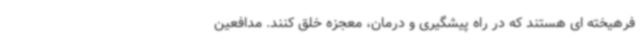
فرهیخته ای هستند که در راه پیشگیری و درمان، معجزه خلق کنند. مدافعین